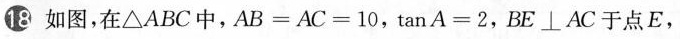
18.如图，在△ABC中，$$A B = A C = 10$$ ，$$tan A = 2$$，BE⊥AC于点E，